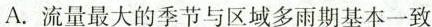
A.流量最大的季节与区域多雨期基本一致